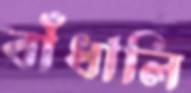
বাঁধালি